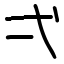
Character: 弌